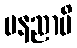
ပနညာပိ